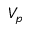
V _ { p }